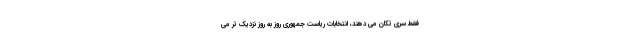
فقط سری تکان می دهند، انتخابات ریاست جمهوری روز به روز نزدیک تر می